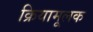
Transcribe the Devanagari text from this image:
क्रियामूलक